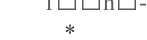
*